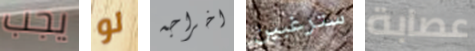
يجب لو اخراجه سترغبين عصابة